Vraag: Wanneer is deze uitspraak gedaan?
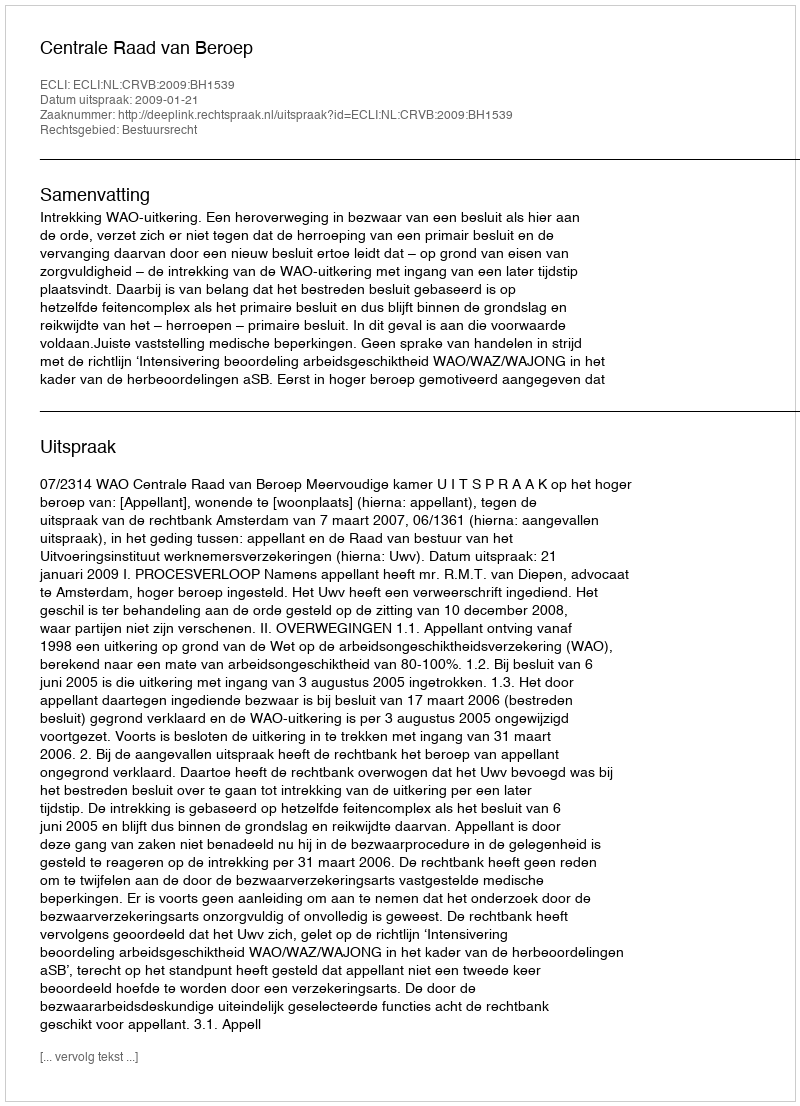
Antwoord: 2009-01-21